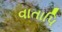
વાતાપિ